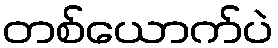
တစ်ယောက်ပဲ